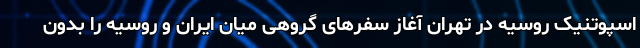
اسپوتنیک روسیه در تهران آغاز سفرهای گروهی میان ایران و روسیه را بدون